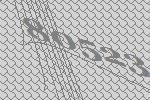
80523